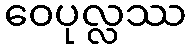
ဝေပုလ္လဿ